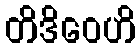
တိဒိဝေဟိ